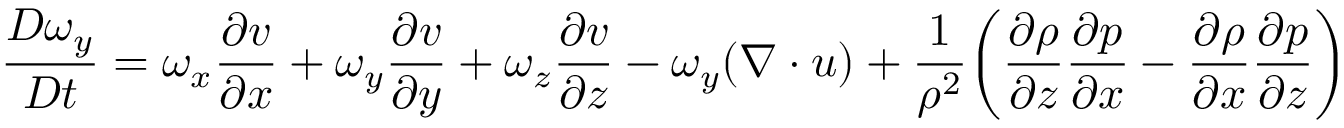
\frac { D \omega _ { y } } { D t } = \omega _ { x } \frac { \partial v } { \partial x } + \omega _ { y } \frac { \partial v } { \partial y } + \omega _ { z } \frac { \partial v } { \partial z } - \omega _ { y } ( \boldsymbol { \nabla \cdot u } ) + \frac { 1 } { \rho ^ { 2 } } \bigg ( \frac { \partial \rho } { \partial z } \frac { \partial p } { \partial x } - \frac { \partial \rho } { \partial x } \frac { \partial p } { \partial z } \bigg )